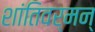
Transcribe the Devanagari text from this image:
शांतिवर्मन्